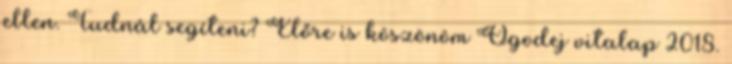
ellen. Tudnál segíteni? Előre is köszönöm Ogodej vitalap 2018.